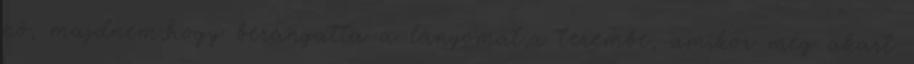
nő, majdnem,hogy berángatta a lányomat,a terembe, amikor még akart